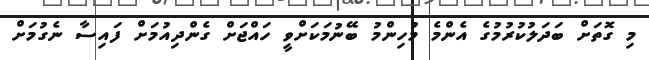
މި ގޮތަށް ބަދަލުކުރުމުގެ އެންމެ މުހިންމު ބޭނުމަކަށްވީ ހައްޖަށް ގެންދިއުމަށް ފައިސާ ނެގުމަށް